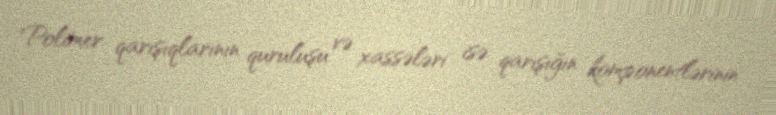
Polimer qarışıqlarının quruluşu və xassələri isə qarışığın komponentlərinin